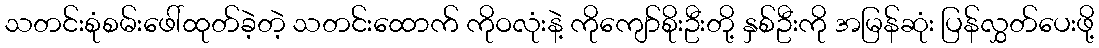
သတင်းစုံစမ်းဖေါ်ထုတ်ခဲ့တဲ့ သတင်းထောက် ကိုဝလုံးနဲ့ ကိုကျော်စိုးဦးတို့ နှစ်ဦးကို အမြန်ဆုံး ပြန်လွှတ်ပေးဖို့